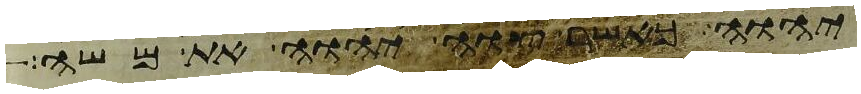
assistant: יהוה כאשר צוה יהוה את משה